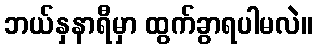
ဘယ်နှနာရီမှာ ထွက်ခွာရပါမလဲ။